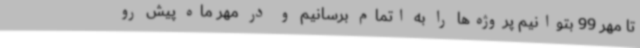
تا مهر 99 بتوانیم پروژه‌ها را به اتمام برسانیم و در مهر ماه پیش رو